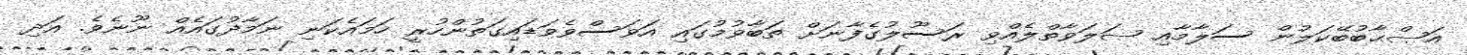
އަޞްޙާބުބޭކަލުން ސަލާމާއި ޞަލަވާތްލެއްވި ރަސޫލުގެފާނަށް ތަބާވުމުގައި އަވަސްވެވަޑައިގަތުންހުރީ ހަމައެކަނި ނަމާދުގައެއް ނޫނެވެ. އަދި